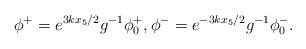
LaTeX: \begin{align*}\phi^+= e^{3kx_5/2}g^{-1}\phi_0^+, \phi^{-}=e^{-3kx_5/2}g^{-1}\phi_0^-.\end{align*}